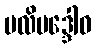
ဗလိဗဒ္ဒေါဝ